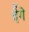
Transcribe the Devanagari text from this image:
देेंगे